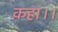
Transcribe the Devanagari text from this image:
कहा।।